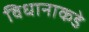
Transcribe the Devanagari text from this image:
विधानाकडे